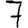
Digit: 7